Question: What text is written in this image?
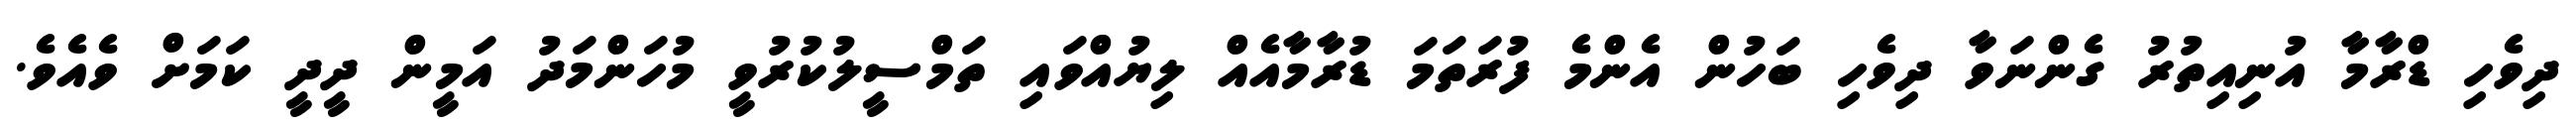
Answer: ދިވެހި ޑްރާމާ އުނިއިތުރު ގެންނަވާ ދިވެހި ބަހުން އެންމެ ފުރަތަމަ ޑުރާމާއެއް ލިޔުއްވައި ތަމްސީލުކުރުވީ މުހަންމަދު އަމީން ދީދީ ކަމަށް ވެއެވެ.